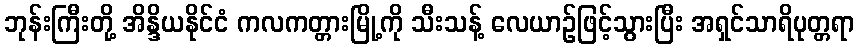
ဘုန်းကြီးတို့ အိန္ဒိယနိုင်ငံ ကလကတ္တားမြို့ကို သီးသန့် လေယာဉ်ဖြင့်သွားပြီး အရှင်သာရိပုတ္တရာ